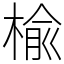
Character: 楡